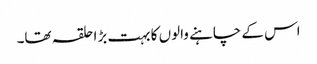
اس کے چاہنے والوں کا بہت بڑا حلقہ تھا۔